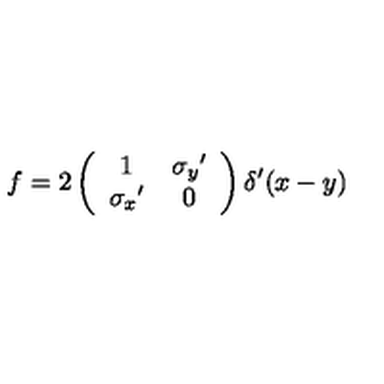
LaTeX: f = 2 \left( \begin{array} { c c } { 1 } & { { \sigma _ { y } } ^ { \prime } } \\ { { \sigma _ { x } } ^ { \prime } } & { 0 } \\ \end{array} \right) \delta ^ { \prime } ( x - y )